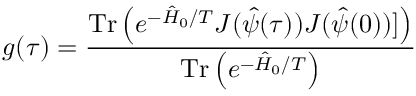
g ( \tau ) = \frac { \mathrm { T r } \left( e ^ { - \hat { H } _ { 0 } / T } J ( \hat { \psi } ( \tau ) ) J ( \hat { \psi } ( 0 ) ) ] \right) } { \mathrm { T r } \left( e ^ { - \hat { H } _ { 0 } / T } \right) } \,